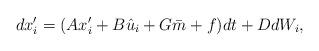
LaTeX: \begin{align*} dx_i' = (Ax'_i +B\hat u_i +G\bar m+f) dt +DdW_i,\end{align*}